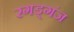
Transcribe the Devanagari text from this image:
रगड्गंज